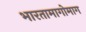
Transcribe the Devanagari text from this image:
भारतामागोमाग